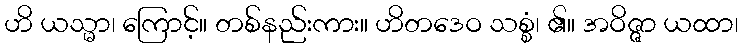
ဟိ ယသ္မာ၊ ကြောင့်။ တစ်နည်းကား။ ဟိတဒေဝ သစ္စံ၊ ၏။ အဝိဇ္ဇာ ယထာ၊